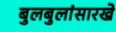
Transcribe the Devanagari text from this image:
बुलबुलांसारखे